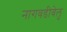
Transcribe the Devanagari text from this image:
नागवडीवेलु